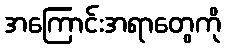
အကြောင်းအရာတွေကို